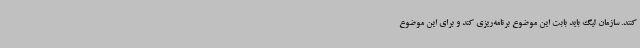
کنند. سازمان لیگ باید بابت این موضوع برنامه‌ریزی کند و برای این موضوع